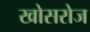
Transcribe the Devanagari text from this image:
खोसरोज